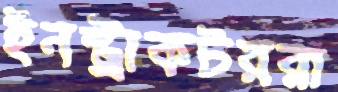
ইনস্ট্রাকটররা